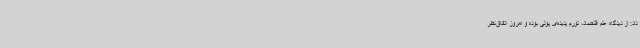
داد: از دیدگاه علم اقتصاد، تورم پدیده‌ای پولی بوده و امروز اتفاق‌نظر